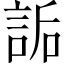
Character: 詬